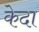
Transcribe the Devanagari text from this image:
केदा